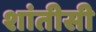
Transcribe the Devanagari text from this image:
शांतीसी